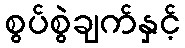
စွပ်စွဲချက်နှင့်